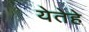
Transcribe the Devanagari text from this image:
येतेहे